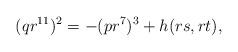
LaTeX: \begin{align*} (q r^{11})^2 = - (p r^7)^{3} + h(rs, rt),\end{align*}